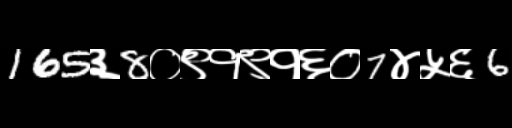
Text: 165३8०९१९१६०7४५६6